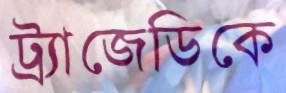
ট্র্যাজেডিকে